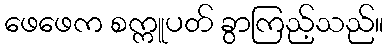
ဖေဖေက စက္ကူပတ် ခွာကြည့်သည်။